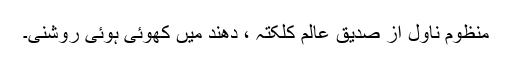
منظوم ناول از صدیق عالم کلکتہ ، دھند میں کھوئی ہوئی روشنی۔